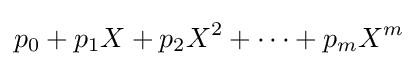
p_{0}+p_{1}X+p_{2}X^{2}+\cdots +p_{m}X^{m}